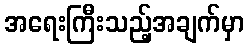
အရေးကြီးသည့်အချက်မှာ